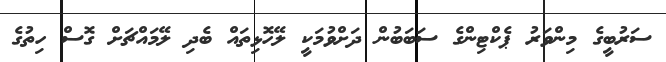
ސަރުބީގެ މިންވަރު ޕެކްޓިންގެ ސަބަބުން ދަށްވުމަކީ ލޭހޮޅިތައް ބެދި ލޭމައްޗަށް ގޮސް ހިތުގެ